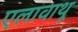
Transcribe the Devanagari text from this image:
एलावाथू